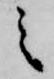
之